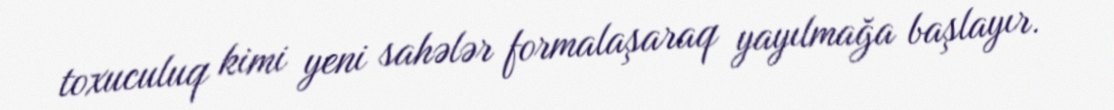
toxuculuq kimi yeni sahələr formalaşaraq yayılmağa başlayır.